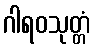
ဂါရဝသုတ္တံ